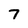
Character: 7